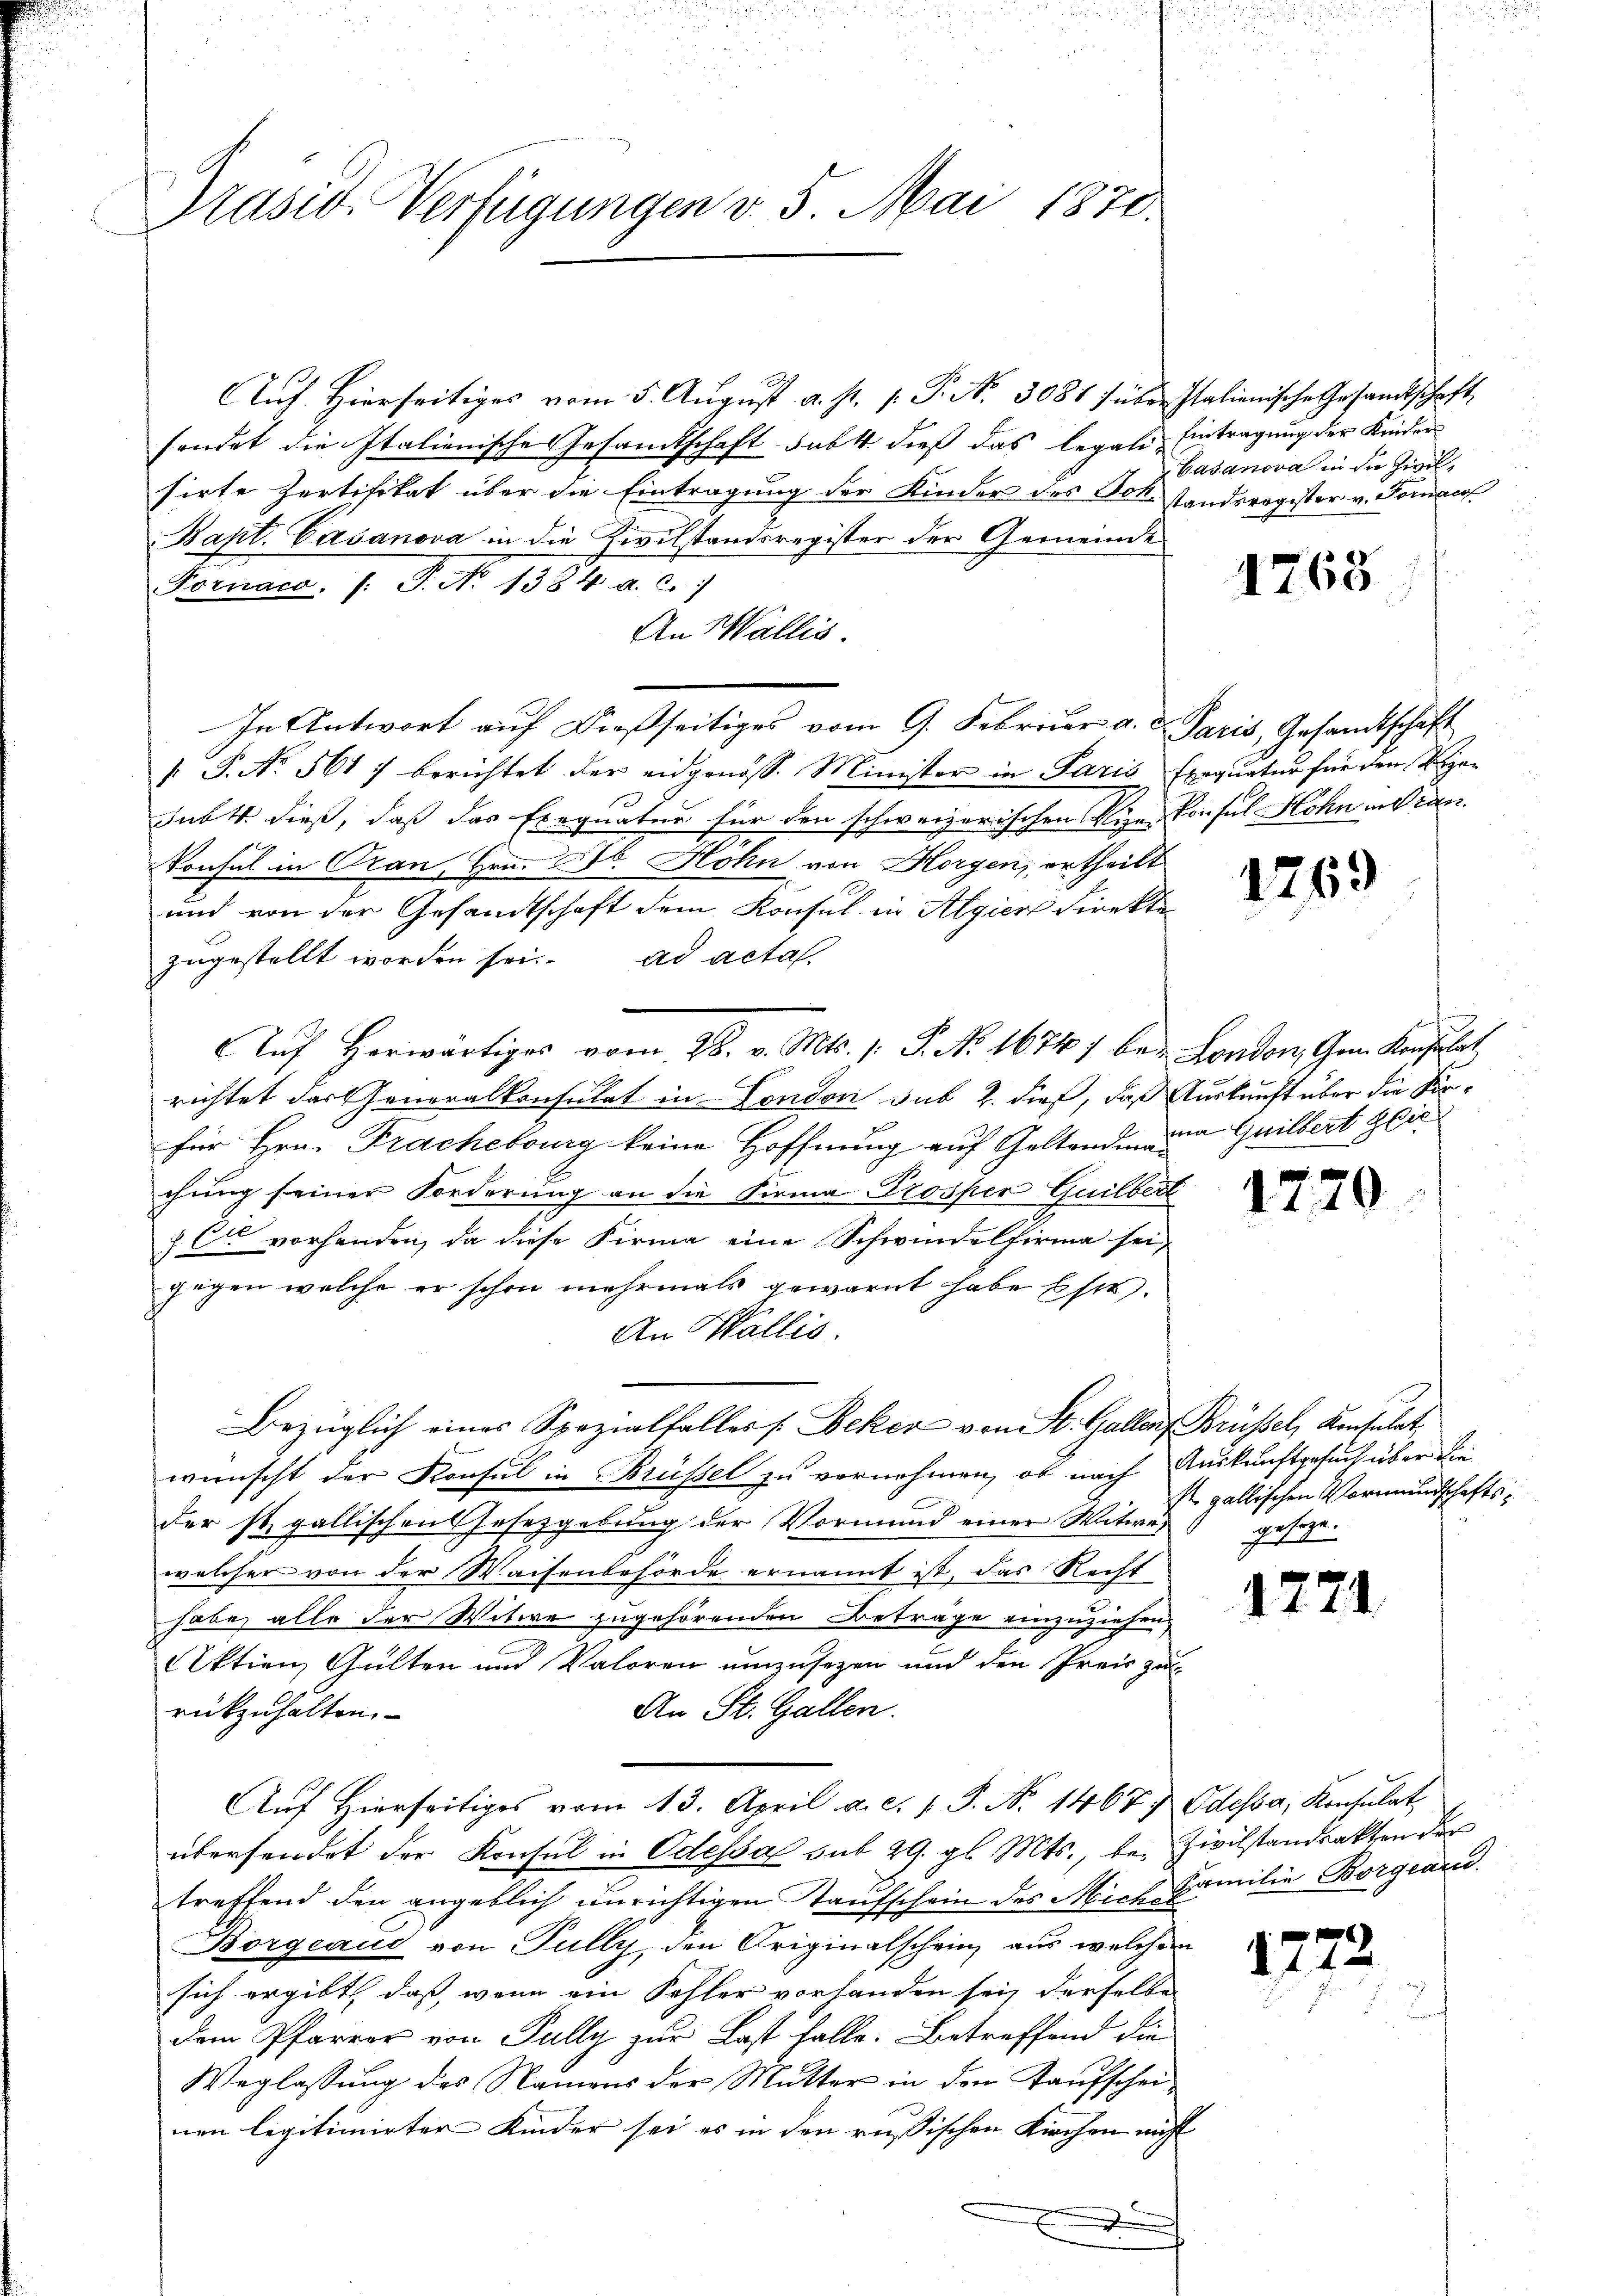
Pasio Verfügungen v. 5. Mai 1870.

Auch hierseitiges vom 5. August a. s. f. P. Nr. 3088 f über Italienische Gesandtschaft,
sendet die Italienische Gesandtschaft subst dieß das legali-Eintragung der Kindersirte Zertifikat über die Eintragung der Kinder des Joh. standsragister v. Fornac
Bapt. Casanova in die Zivilstandsregister der Gemeinde
Fornaco. /: P. No 1384. a. c.)
An Wallis.
In Antwort auf dießseitiges vom 9. Februar a. d. Paris, Gesandtschaft
/. P. Nr. 5617 berichtet der eidgenöss. Minister in Paris Exequatur für den Resubt dieß, daß das Exequatur für den schweizerischen Sie konsul Höhn in dran.
Vonsul in Oran, Hrn. Dr. Hohn von Horgen, ertheilt
und von der Gesandtschaft dem Konsul in Algier Direkten
zugestellt worden sei. ad acta.
Auf Herwärtiges vom 28. v. Mts. 1. P. Nr. 16747 bei London, Gem. Konsulat
richtet das Generalkonsulat in London sub 2. dieß, daß Auskunft über die Kurfür Hrn. Frachebourg keine Hoffnung auf Geltenden und Gailbert Zie
chung seiner Forderung an die Firma Prosper Guilbert
z Er vorhanden, da diese Firma eine Schwindelfirma sei,
gegen welche er schon mehrmals gewarnt habe ist.
An Wallis.
Bezüglich eines Spezialfalles (Beker von St. Gallen, Brüssel, Kontulat,
wünscht der Konsul in Brüssel zu vernehmen, ob nach Auskunftgesuch über die
der st. gallischen Gesezgebung der Vormund einer Witwe,
welcher von der Waisenbehörde ernannt ist, das Recht
habe alle der Witwe zugehörenden Betrage einzuziehen
Aktien Gülten und Valoren umzusozen und den Preis zu
An St. Gallen.
rückzuhalten.
Auf Hierseitiges vom 13. April a. c. v. P. Nr. 1467) Odessa, Konsulat,
übersendet der Konsul in Odessa sub 29. gl. Mts., be- Zivilstandsakten der
treffend den angeblich unrichtigen Taufschein des Mich Familie Borgeaud.
Borgeaud von Fully, den Originalschein, aus welchen
sich ergibt, daß, wenn ein Fehler vorhanden sei, derselbe
dem Pfarrer von Fully zur Last falle. Betreffend die
Weglassung des Namens der Mutter in den Kaufscheinen legitimirter Kinder sei es in den russischen Kirchen nicht
E

Casanova in die Zivil¬

1768

1269

1770

Es gallischen Vormundschaftsgeg.

1721

¬
2122